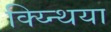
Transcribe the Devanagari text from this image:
क्य्न्थिया